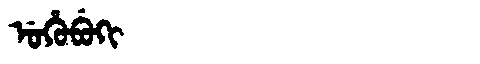
Manchu: ᡠᡥᡠᠪᡠᡴᡳ
Romanization: UHUBUKI